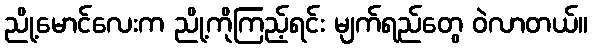
ညို့မောင်လေးက ညို့ကိုကြည့်ရင်း မျက်ရည်တွေ ဝဲလာတယ်။